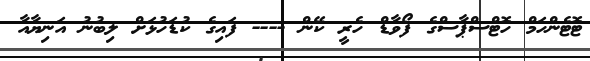
ޓޮޓެންހަމް ހޮޓްސްޕާސްގެ ފޯވާޑް ހެރީ ކޭން ---- ފައިގެ ކުޑަހުޅަށް ލިބުނު އަނިޔާއާ